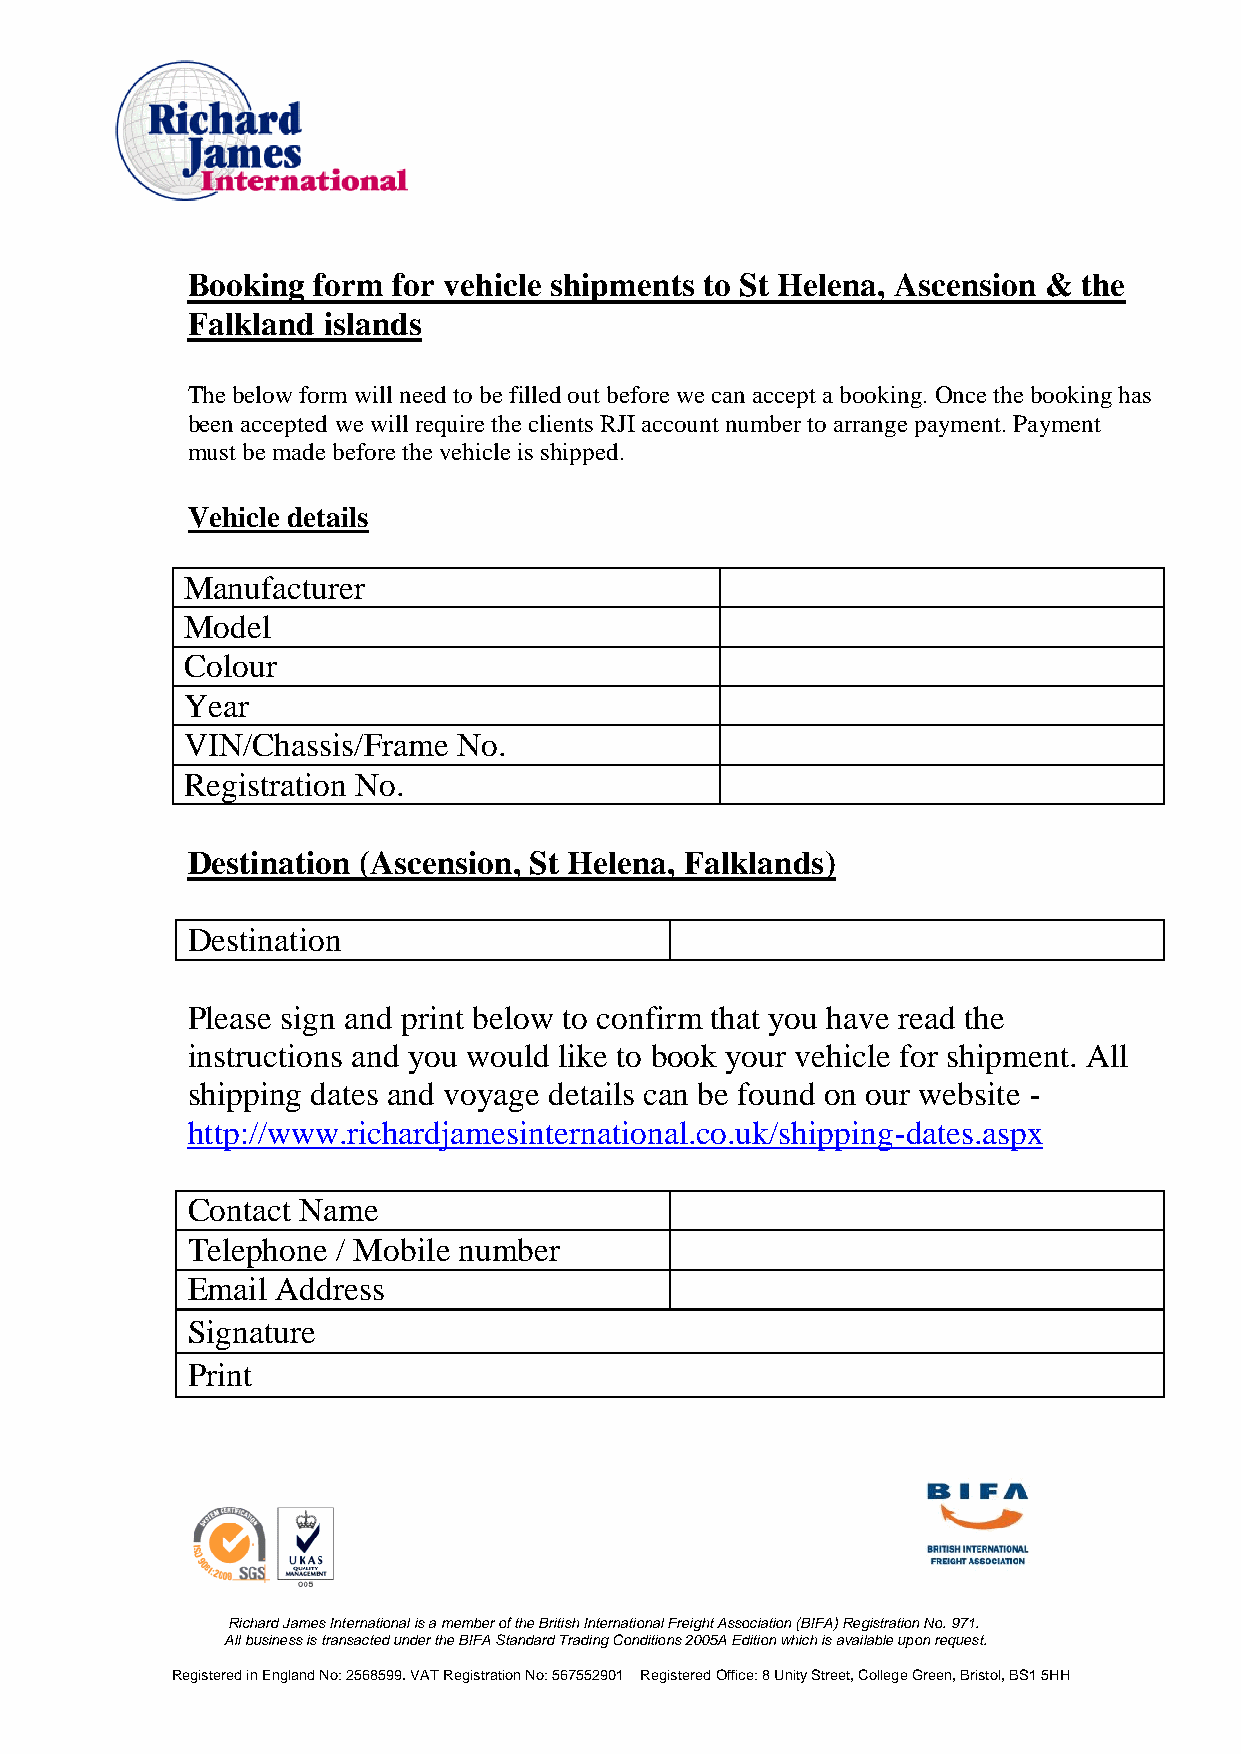
Booking  form for vehicle shipments to St Helena, Ascension & the
 Falkland islands
 The below form will need to be filled out before we can accept a booking. Once the booking has
 been accepted we will require the clients RJI account number to arrange payment. Payment
 must be made before the vehicle is shipped.
 Vehicle details
 Manufacturer
 Model
 Colour
 Year
 VIN/Chassis/Frame No.
 Registration No.
 Destination (Ascension, St Helena, Falklands)
 Destination
 Please sign and print below to confirm that you have read the
 instructions and you would like to book your vehicle for shipment. All
 shipping dates and voyage details can be found on our website -
 http://www.richardjamesinternational.co.uk/shipping-dates.aspx
 Contact Name
 Telephone / Mobile number
 Email Address
 Signature
 Print
 Richard James International is a member of the British International Freight Association (BIFA) Registration No. 971.
 All business is transacted under the BIFA Standard Trading Conditions 2005A Edition which is available upon request.
 Registered in England No: 2568599. VAT Registration No: 567552901 Registered Office: 8 Unity Street, College Green, Bristol, BS1 5HH